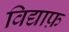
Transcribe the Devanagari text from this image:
विद्याफ़